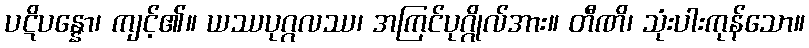
ပဋိပန္နော၊ ကျင့်၏။ ယဿပုဂ္ဂလဿ၊ အကြင်ပုဂ္ဂိုလ်အား။ တီဏိ၊ သုံးပါးကုန်သော။